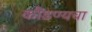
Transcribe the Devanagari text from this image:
कौंडण्यचा